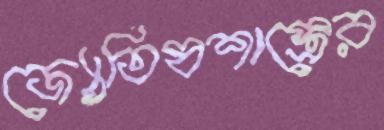
জ্যোতিষশাস্ত্রের